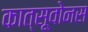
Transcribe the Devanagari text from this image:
कात्सूवोनस